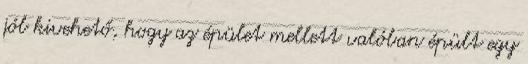
jól kivehető, hogy az épület mellett valóban épült egy